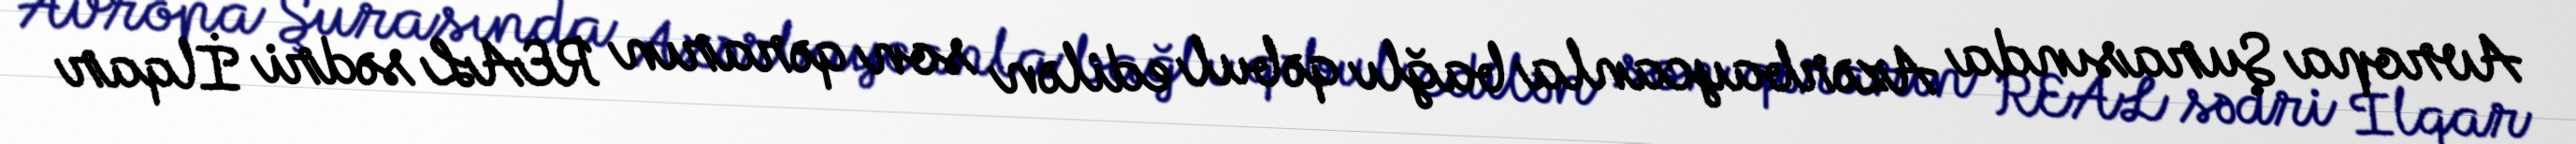
Avropa Şurasında Azərbaycanla bağlı qəbul edilən son qərarın REAL sədri İlqar